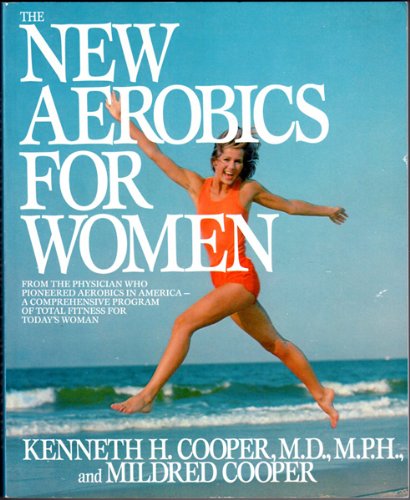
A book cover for New Aerobics for Women, The; Kenneth H. Cooper; Health, Fitness & Dieting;